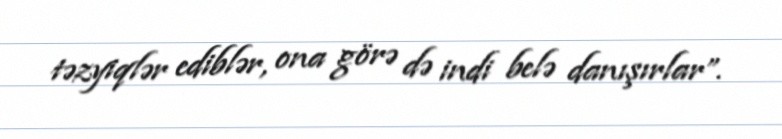
təzyiqlər ediblər, ona görə də indi belə danışırlar”.